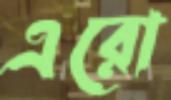
এরো